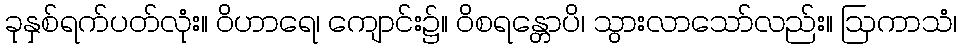
ခုနှစ်ရက်ပတ်လုံး။ ဝိဟာရေ၊ ကျောင်း၌။ ဝိစရန္တောပိ၊ သွားလာသော်လည်း။ ဩကာသံ၊